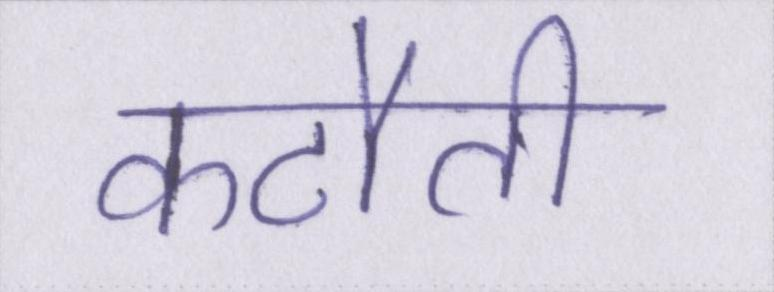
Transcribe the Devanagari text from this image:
कटौती